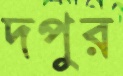
দপুর